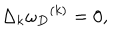
LaTeX: \Delta _ { k } { \omega _ { D } } ^ { ( k ) } = 0 ,